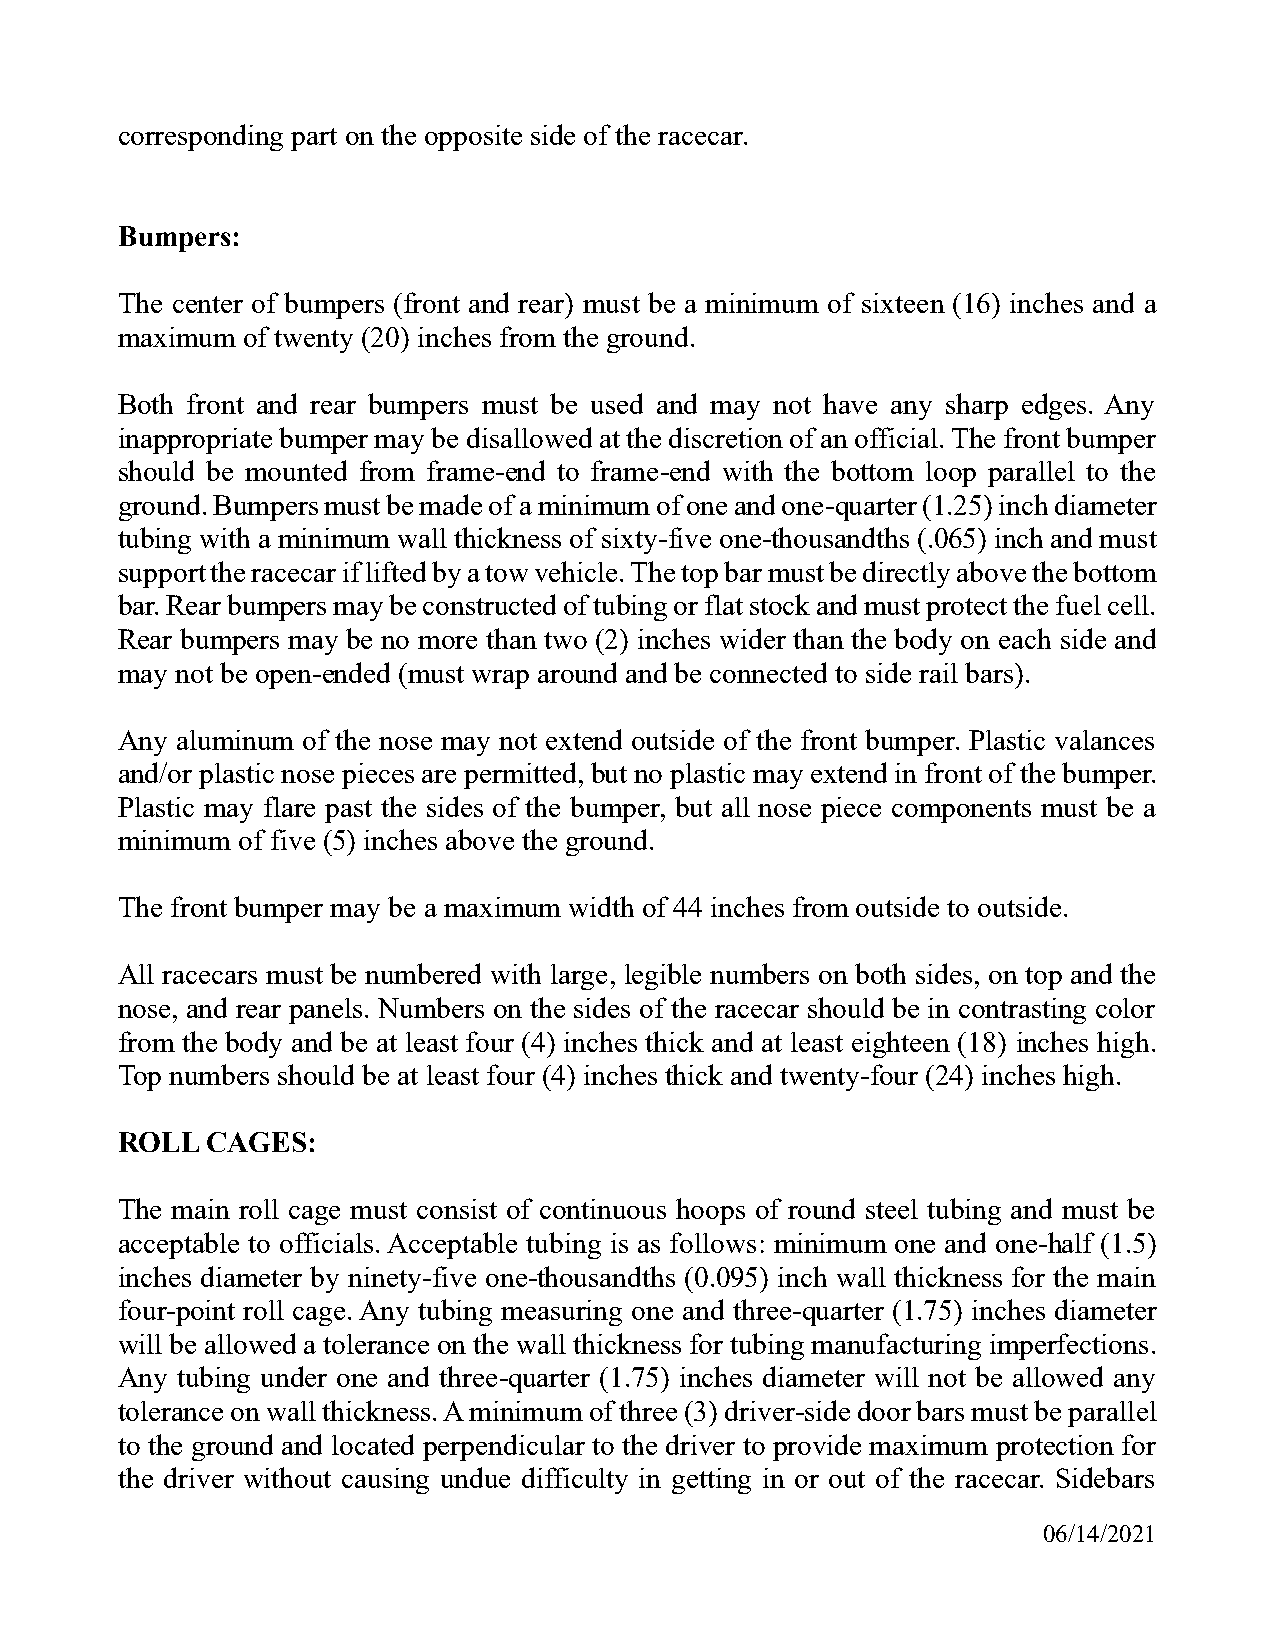
corresponding part on the opposite side of the racecar.
 Bumpers:
 The center of bumpers (front and rear) must be a minimum of sixteen (16) inches and a
 maximum of twenty (20) inches from the ground.
 Both front and rear bumpers must be used and may not have any sharp edges. Any
 inappropriate bumper may be disallowed at the discretion of an official. The front bumper
 should be mounted from frame-end to frame-end with the bottom loop parallel to the
 ground. Bumpers must be made of a minimum of one and one-quarter (1.25) inch diameter
 tubing with a minimum wall thickness of sixty-five one-thousandths (.065) inch and must
 support the racecar if lifted by a tow vehicle. The top bar must be directly above the bottom
 bar. Rear bumpers may be constructed of tubing or flat stock and must protect the fuel cell.
 Rear bumpers may be no more than two (2) inches wider than the body on each side and
 may not be open-ended (must wrap around and be connected to side rail bars).
 Any aluminum of the nose may not extend outside of the front bumper. Plastic valances
 and/or plastic nose pieces are permitted, but no plastic may extend in front of the bumper.
 Plastic may flare past the sides of the bumper, but all nose piece components must be a
 minimum of five (5) inches above the ground.
 The front bumper may be a maximum width of 44 inches from outside to outside.
 All racecars must be numbered with large, legible numbers on both sides, on top and the
 nose, and rear panels. Numbers on the sides of the racecar should be in contrasting color
 from the body and be at least four (4) inches thick and at least eighteen (18) inches high.
 Top numbers should be at least four (4) inches thick and twenty-four (24) inches high.
 ROLL  CAGES:
 The main roll cage must consist of continuous hoops of round steel tubing and must be
 acceptable to officials. Acceptable tubing is as follows: minimum one and one-half (1.5)
 inches diameter by ninety-five one-thousandths (0.095) inch wall thickness for the main
 four-point roll cage. Any tubing measuring one and three-quarter (1.75) inches diameter
 will be allowed a tolerance on the wall thickness for tubing manufacturing imperfections.
 Any tubing under one and three-quarter (1.75) inches diameter will not be allowed any
 tolerance on wall thickness. A minimum of three (3) driver-side door bars must be parallel
 to the ground and located perpendicular to the driver to provide maximum protection for
 the driver without causing undue difficulty in getting in or out of the racecar. Sidebars
 06/14/2021